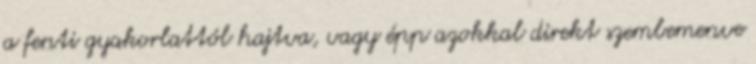
a fenti gyakorlattól hajtva, vagy épp azokkal direkt szembemenve